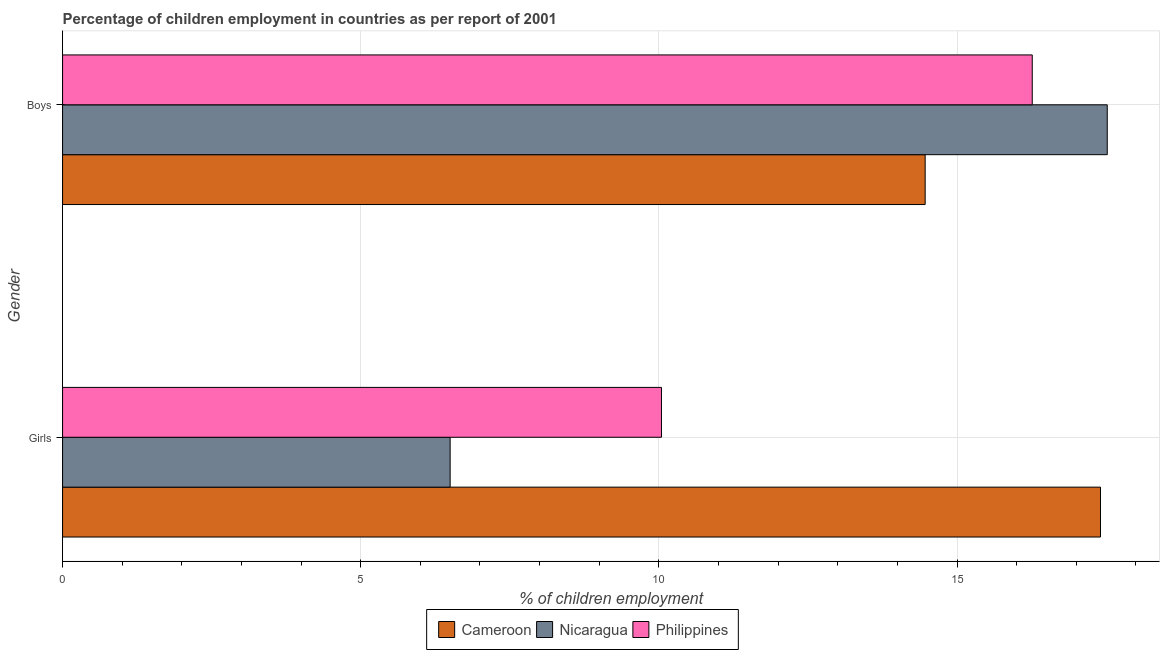
| Gender | Cameroon | Nicaragua | Philippines |
 | --- | --- | --- | --- |
 | Girls | 17.4 | 6.5 | 10 |
 | Boys | 14.5 | 17.5 | 16.3 |